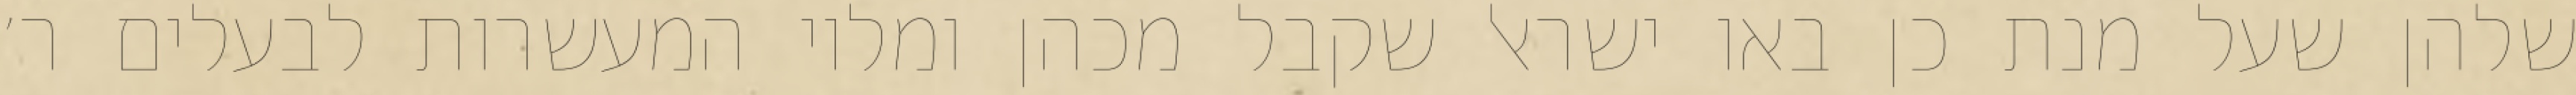
שלהן שעל מנת כן באו ישראל שקבל מכהן ומלוי המעשרות לבעלים ר׳